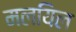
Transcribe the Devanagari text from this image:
मलयिल